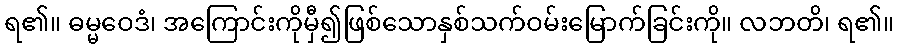
ရ၏။ ဓမ္မဝေဒံ၊ အကြောင်းကိုမှီ၍ဖြစ်သောနှစ်သက်ဝမ်းမြောက်ခြင်းကို။ လဘတိ၊ ရ၏။